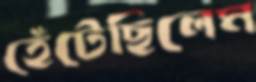
হেঁটেছিলেম